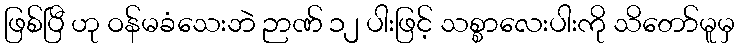
ဖြစ်ပြီ ဟု ဝန်မခံသေးဘဲ ဉာဏ် ၁၂ ပါးဖြင့် သစ္စာလေးပါးကို သိတော်မူမှ